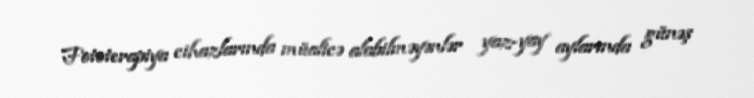
Fototerapiya cihazlarında müalicə alabilməyənlər yaz-yay aylarında günəş